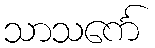
သာသင်္ကေ